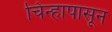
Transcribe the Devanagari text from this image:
चिन्हापासून